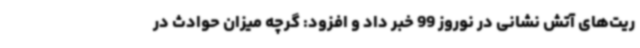
ریت‌های آتش نشانی در نوروز 99 خبر داد و افزود: گرچه میزان حوادث در